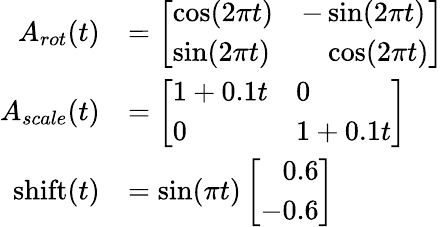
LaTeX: \begin{array}{rl}{A_{rot}(t)}&{=\left[\begin{array}{ll}{\cos(2\pi t)}&{-\sin(2\pi t)}\\ {\sin(2\pi t)}&{\phantom{-}\cos(2\pi t)}\end{array}\right]}\\ {A_{scale}(t)}&{=\left[\begin{array}{ll}{1+0.1t}&{0}\\ {0}&{1+0.1t}\end{array}\right]}\\ {\mathrm{shift}(t)}&{=\sin(\pi t)\left[\begin{array}{l}{\phantom{-}0.6}\\ {-0.6}\end{array}\right]}\end{array}